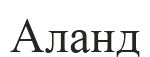
Аланд